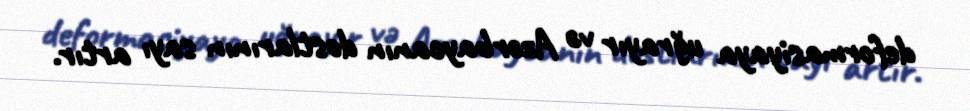
deformasiyaya uğrayır və Azərbaycanın dostlarının sayı artır.